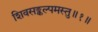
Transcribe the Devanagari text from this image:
शिवसङ्कल्पमस्तु॥१॥